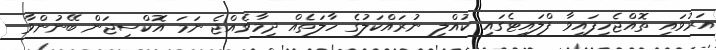
އަރުވައި ތޮއްޖެހިފައިވާ ފްލައިޓެގައި ކުއްލި ނުރައްކަލުގެ ހާލަތެއް ދިމާވެއްޖެ ނަމަ އޮކްސިޖަން ބޭނުންވާ